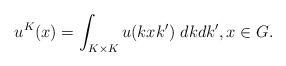
\begin{align*} u^K(x) = \int_{K\times K} u(kxk') \ dkdk', x\in G.\end{align*}